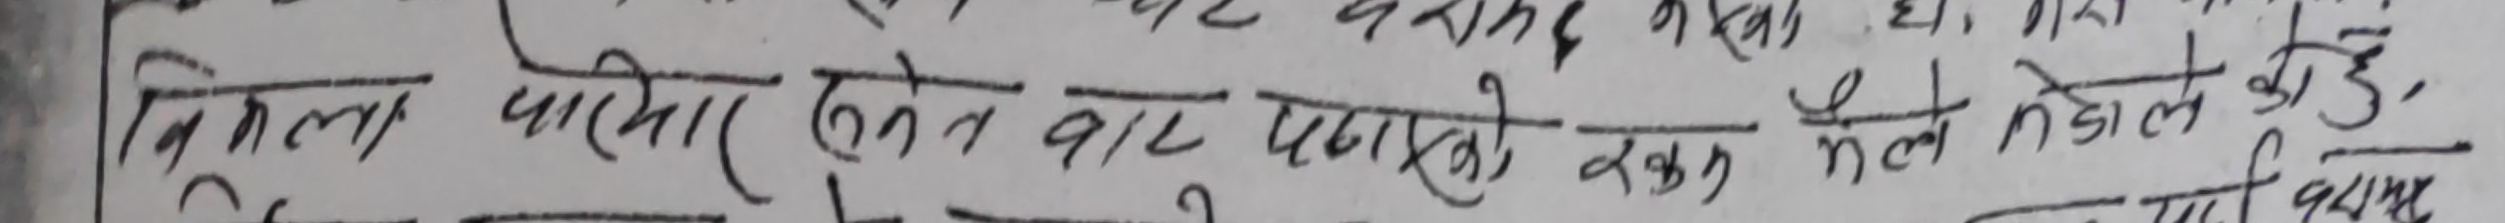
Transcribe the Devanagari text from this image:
निर्मल परिवार खेत बाट पठाएको बखत मैले हेरेको छु ।